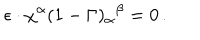
LaTeX: \epsilon \cdot \chi ^ { \alpha } ( 1 - \Gamma ) _ { \alpha } { } ^ { \beta } = 0 \, .